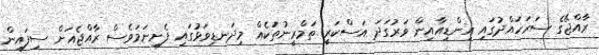
ރާއްޖޭގެ ސަރަހައްދުގައި އިންޑިއާއިން ވަރުގަދަ އަސްކަރީ ތަމްރީނުތަކެއް މިދަނޑިވަޅުގައި ފެށިނަމަވެސް ރާއްޖެއަށް ސިފައިން